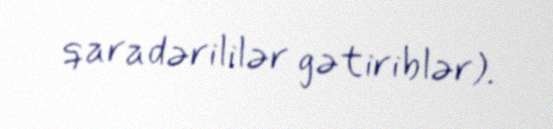
qaradərililər gətiriblər).